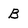
Character: B